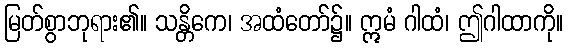
မြတ်စွာဘုရား၏။ သန္တိကေ၊ အထံတော်၌။ ဣမံ ဂါထံ၊ ဤဂါထာကို။